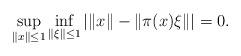
LaTeX: \begin{align*}\sup_{\|x\|\leq 1} \inf_{\|\xi\|\leq 1}|\|x\|-\|\pi(x)\xi\||=0. \end{align*}